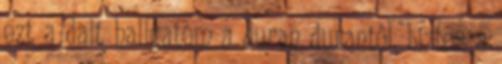
ezt a dalt hallgatom a duran durantól. biztos a